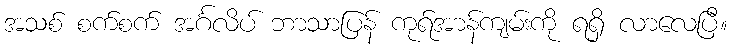
အသစ် စက်စက် အင်္ဂလိပ် ဘာသာပြန် ကုရ်အာန်ကျမ်းကို ရရှိ လာလေပြီ။